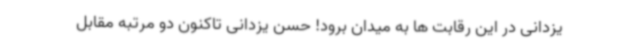
یزدانی در این رقابت ها به میدان برود! حسن یزدانی تاکنون دو مرتبه مقابل